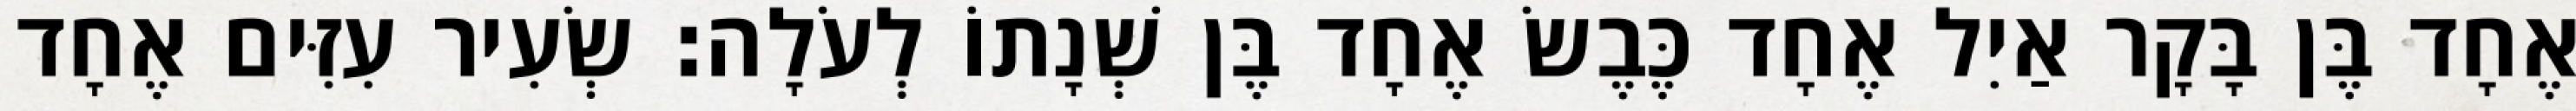
אֶחָד בֶּן בָּקָר אַיִל אֶחָד כֶּבֶשׂ אֶחָד בֶּן שְׁנָתוֹ לְעֹלָה׃ שְׂעִיר עִזִּים אֶחָד